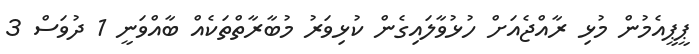
ޕީޕީއެމުން މުޅި ރާއްޖެއަށް ހުޅުވާލައިގެން ކުޅިވަރު މުބާރާތްތަކެއް ބާއްވަނީ 1 ދުވަސް 3